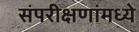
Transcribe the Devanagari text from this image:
संपरीक्षणांमध्ये